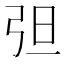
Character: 𰐔